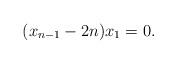
LaTeX: \begin{align*}(x_{n-1}-2n)x_1=0.\end{align*}